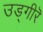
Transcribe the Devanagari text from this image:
उड्गीरॆ